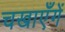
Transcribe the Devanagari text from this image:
चखाएँगें